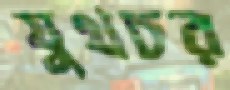
যুথচর